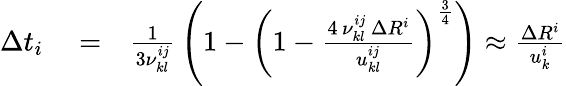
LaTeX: \begin{array}{rlr}{\Delta t_{i}}&{{}=}&{\frac{1}{3\nu_{kl}^{ij}}\, \left(1-\left(1-\frac{4\, \nu_{kl}^{ij}\, \Delta R^{i}}{u_{kl}^{ij}}\right)^{\frac{3}{4}}\right)\approx\frac{\Delta R^{i}}{u_{k}^{i}}}\end{array}